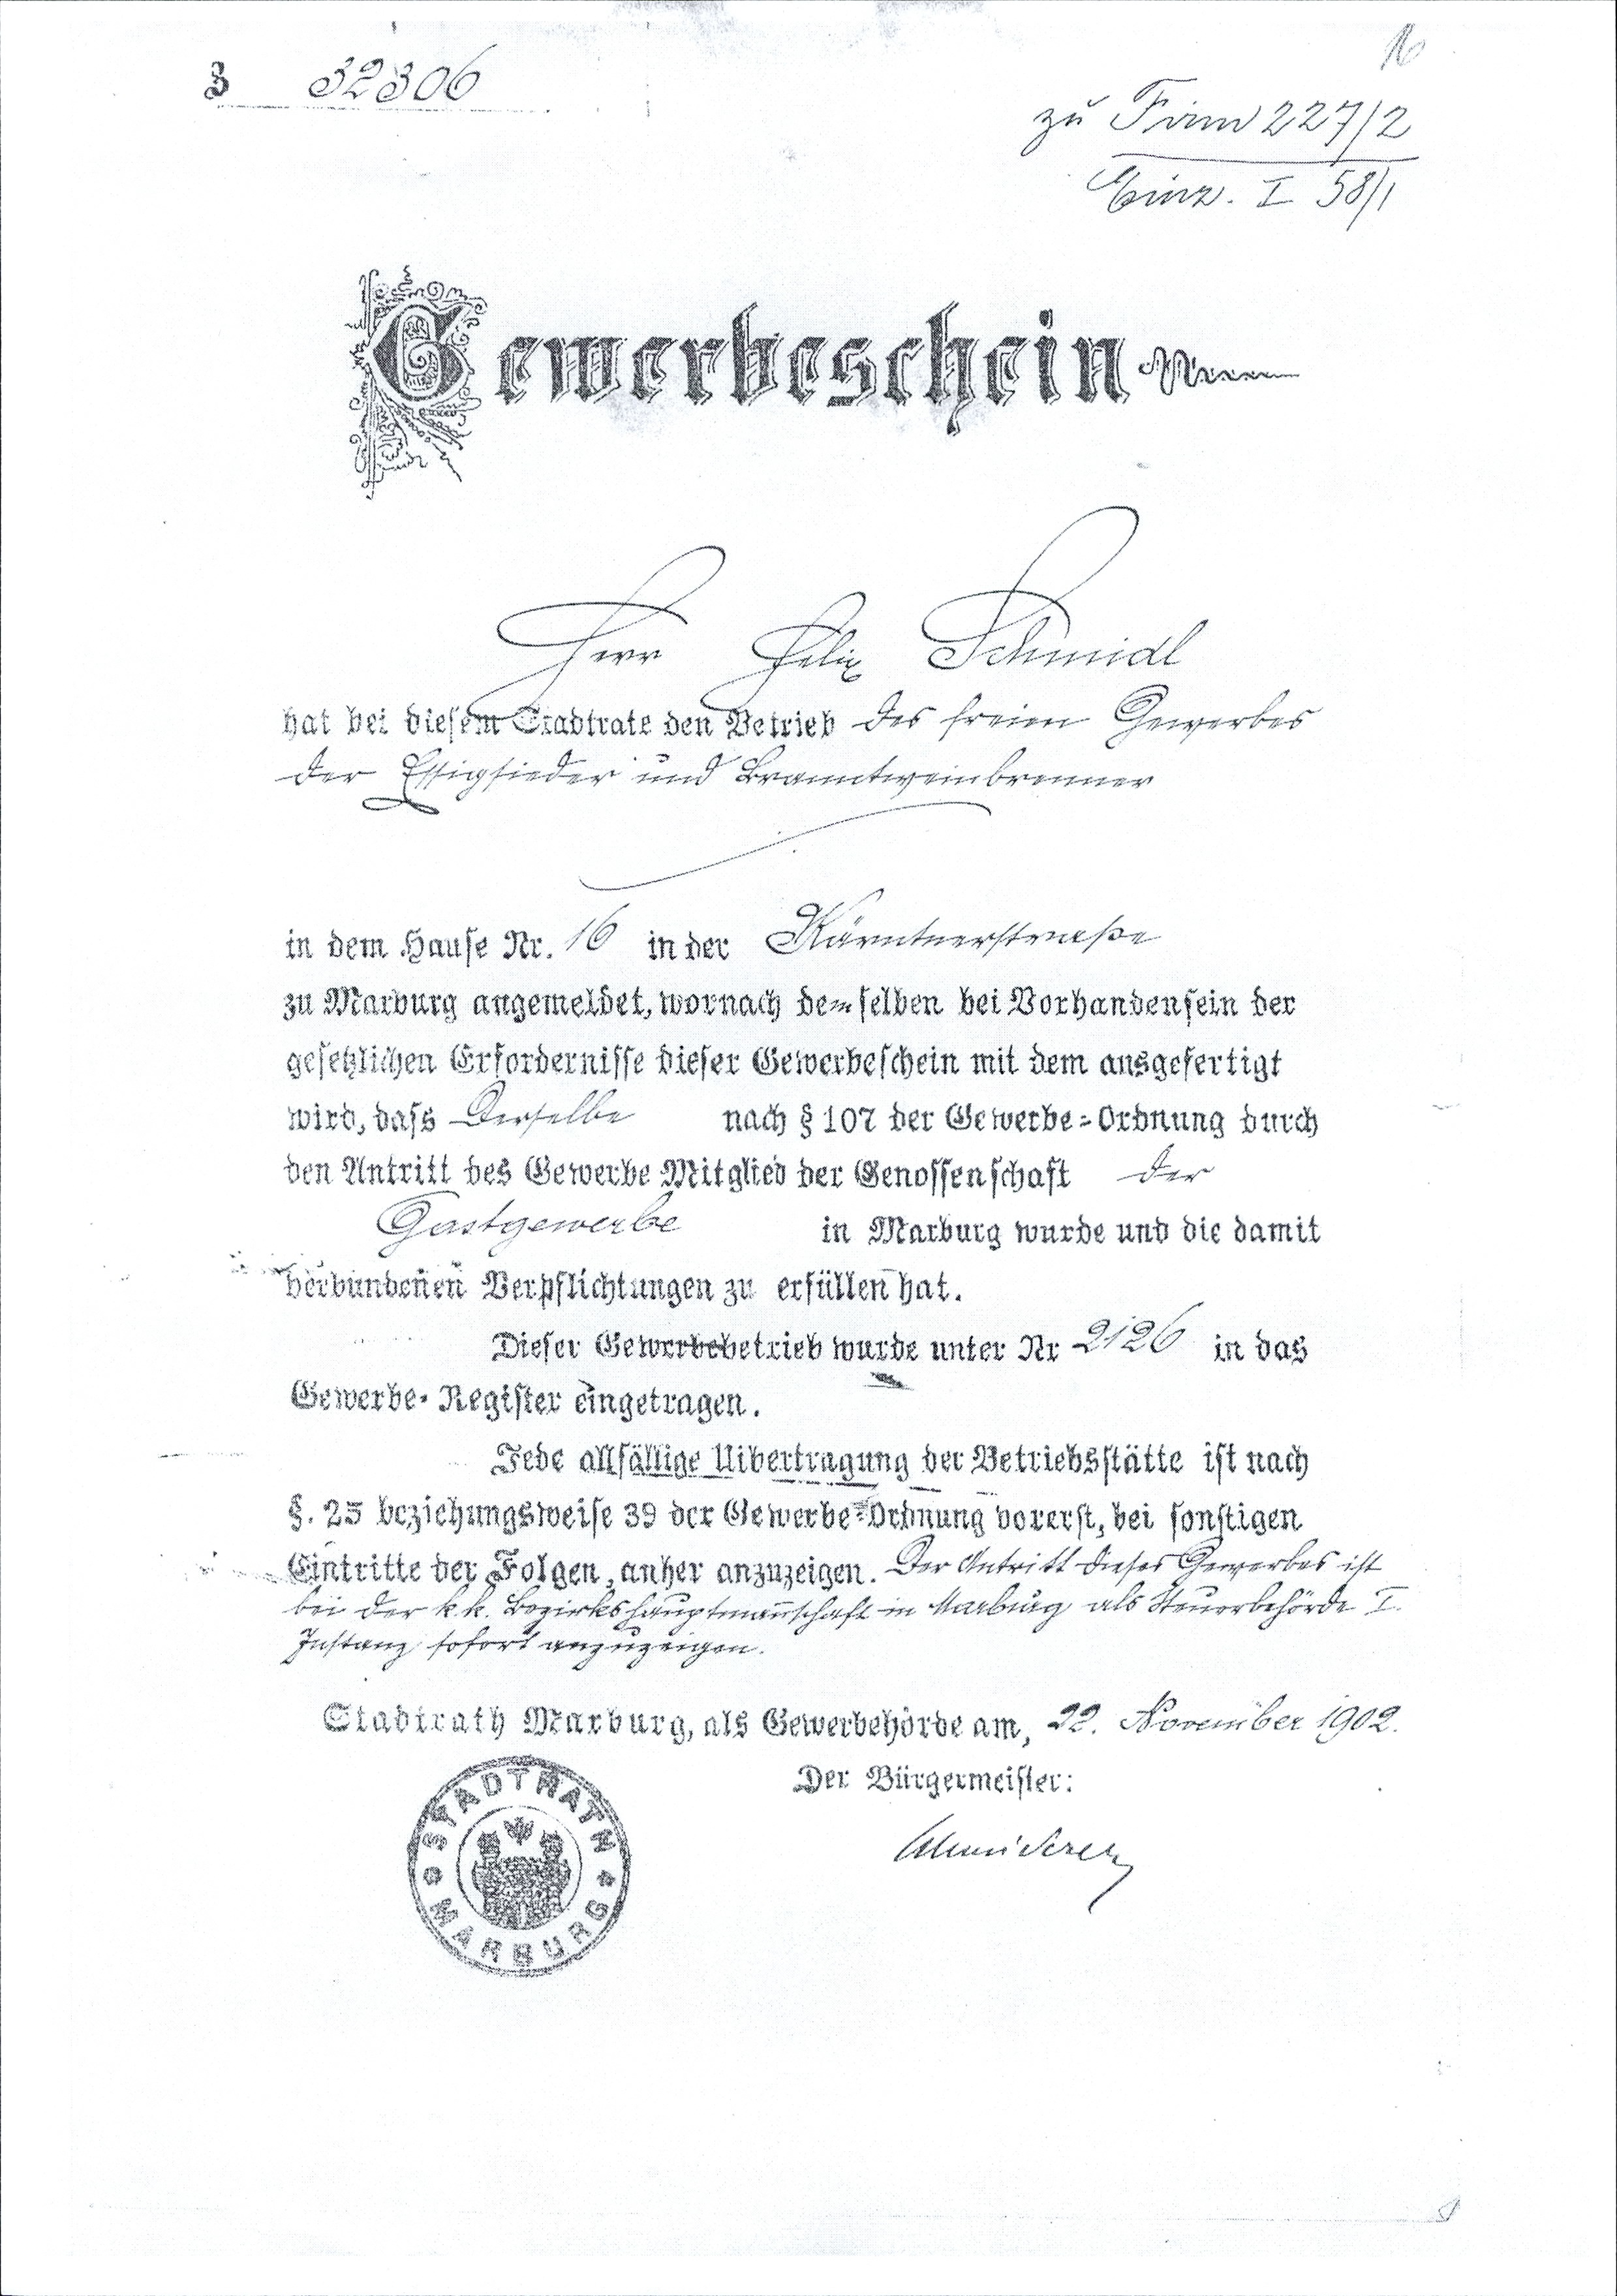
Z 32306
zu Firm 227/2
Einz. I 58/1
Gewerbeschein
Herr Felix Schmidl
hat bei diesem Stadtrate den Betrieb des freien Gewerbes
der Essigsieder und Branntweinbrenner
in dem Hause Nr. 16 in der Kärntnerstraße
zu Marburg angemeldet, wornach demselben bei Vorhandensein der
gesetzlichen Erfordernisse dieser Gewerbeschein mit dem ausgefertigt
wird, dass Derselbe nach § 107 der Gewerbe=Ordnung durch
den Antritt des Gewerbe Mitglied der Genossenschaft der
Gastgewerbe in Marburg wurde und die damit
verbundenen Verpflichtungen erfüllen hat.
Dieser Gewerbebetrieb wurde unter Nr 2126 in das
Gewerbe=Register eingetragen.
Jede allfällige Uibertragung der Betriebsstätte ist nach
§. 25 beziehungsweise 39 der Gewerbe=Ordnung vorerst, bei sonstigen
Eintritte der Folgen, anher anzuzeigen. Der Antritt dieses Gewerbes ist
bei der k.k. Bezirkshauptmannschaft in Marburg als Steuerbehörde I.
Instanz sofort anzuzeigen.
Stadtrath Marburg, als Gewerbehörde am, 22. November 1902.
Der Bürgermeister:

hat M diesenr<§rad träte deuFie trieb

in km Hanse Nr. /& in her
zu Maro mg augemetdet, wornach demselben beiVorhnndeusein der
acsehlichen Erfordernisse dieser Gewerbeschein mit km ansgefertigt
wirkdasü nach Z107 der Ge werbe--Ordnung durch
den Antritt des Gewerbe Mitglied der Genossenschaft
{n Marburg wurde und die damit
verbundenen Verhslichtungen zu erfriUm hat.
Dieser GeUmrdkietrieb wurde unter Nr ' '' in baö
Gewerbe- Register eingetragen..
Jede MsaUgeLiberirngrmg der BetriebKstäite ist nach
ß. 2o beziehungsweise 3S der GewerbeWrdnumz vorerstIsi ftnsttgen.
.. Eintritte der L-olgen, anher anzuzeiM.